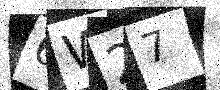
Text: 6W27